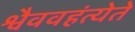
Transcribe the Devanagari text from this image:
श्वैववहंत्येते